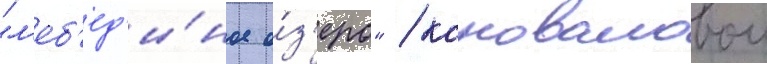
"л'еб'ед'и́ное о́з'еро" / коноваловои